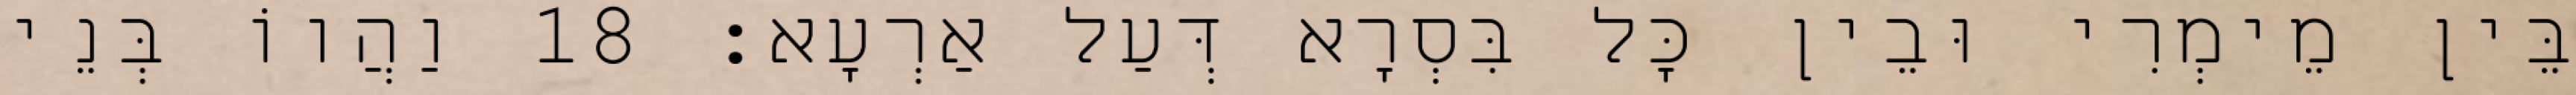
בֵּין מֵימְרִי וּבֵין כָּל בִּסְרָא דְּעַל אַרְעָא׃ 18 וַהֲווֹ בְּנֵי